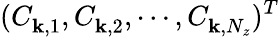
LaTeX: (C_{{\mathbf k},1}^{},C_{{\mathbf k},2}^{},\cdots,C_{{\mathbf k},N_{z}}^{})^{T}